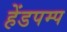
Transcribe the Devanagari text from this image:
हेंडपम्प